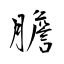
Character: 膽